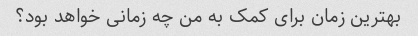
بهترین زمان برای کمک به من چه زمانی خواهد بود؟